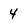
Character: 4